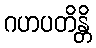
ဂဟပတိန္တိ